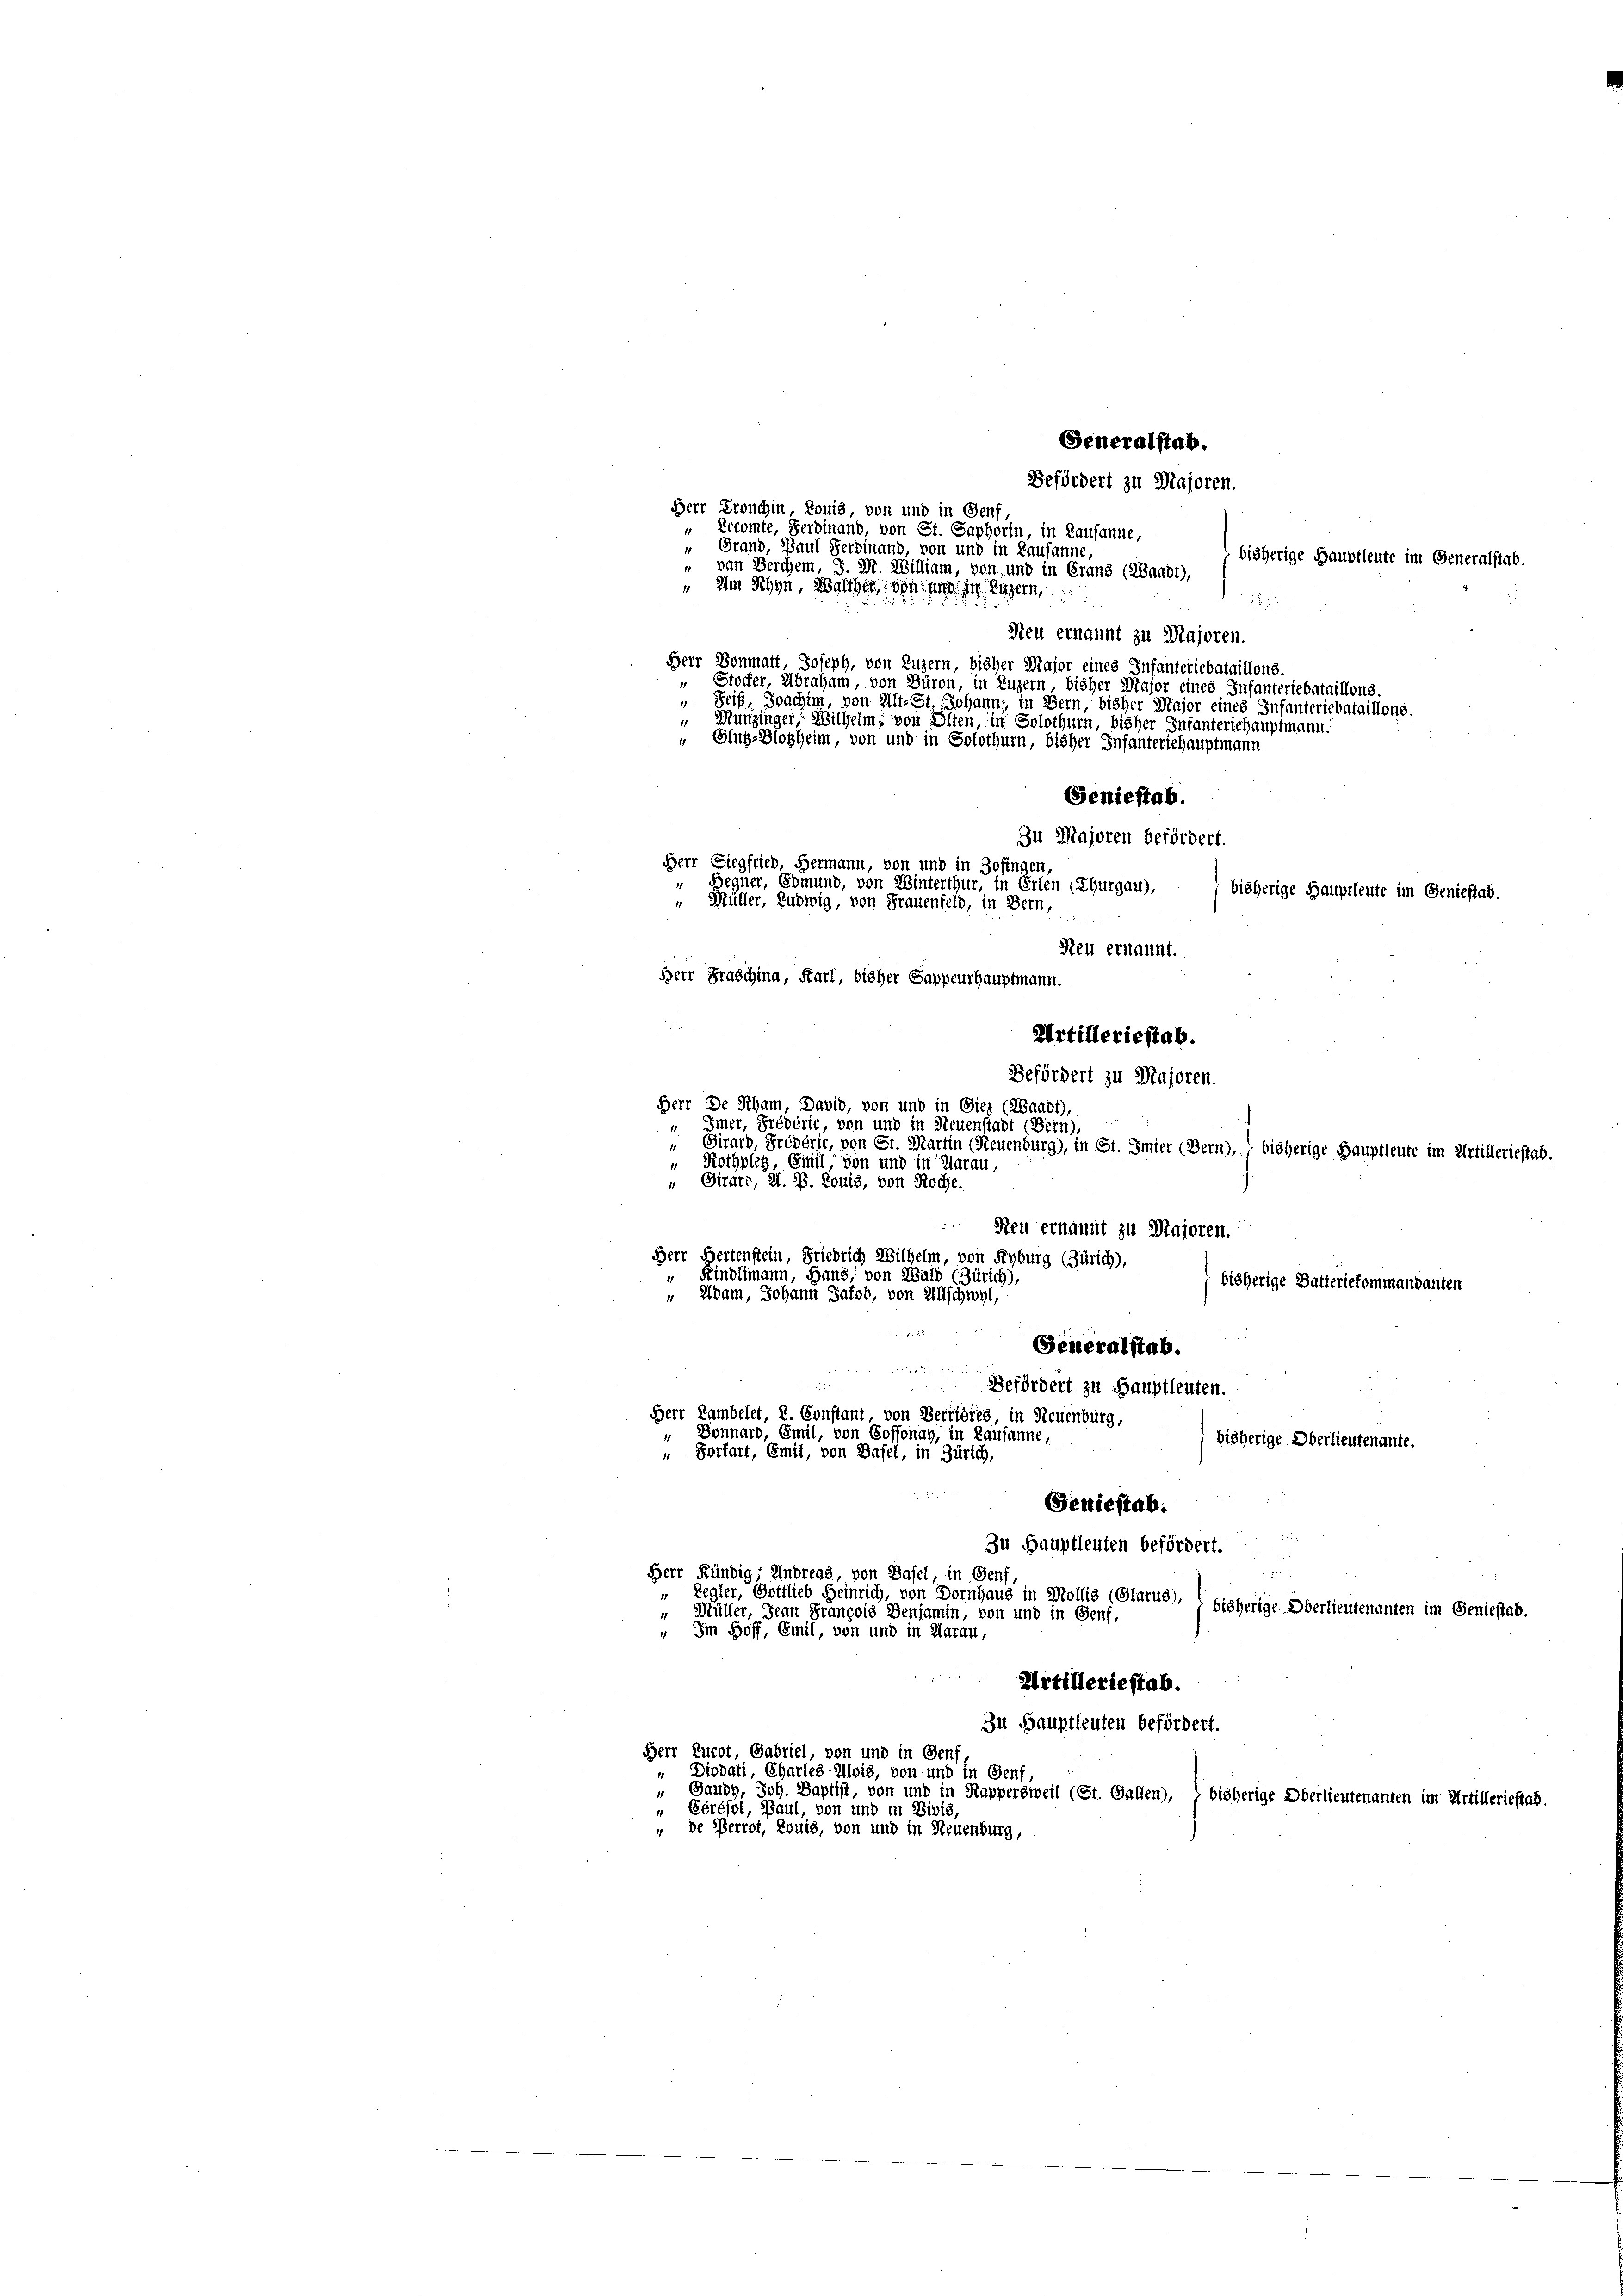
Generalstab.
Befördert zu Majoren.
Herr Kronchin, Louis, von und in Genf,

Geniestab.
Zu Majoren befördert.
Herr Siegfried, Hermann, von und in Zofingen,
Begner, Edmund, von Winterthur, in Erlen (Thurgau),
 Müller, Ludwig, von Frauenfeld, in Bern,
     2 x

" Recomte, Ferdinand, von St. Saphorin, in Lausanne,
 Grand, Baul Ferdinand, von und in Lausanne,
 van Berchem, J. M. William, von und in Grans (Waadt),
„ Im Schyn, welcher von an die Luzern,
Neu ernannt zu Majoren.
Herr Bonmatt, Joseph, von Luzern, bisher Major eines Infanteriebataillons.
" Stocker, Abraham, von Büron, in Luzern bisher Major eines Infanteriebataillons.
Seif, Joachim, von Alt-St. Johann, in Bern, bisher Major eines Infanteriebataillons.
Munzinger, Wilhelm, von Alten, in Solothurn, bisher Infanteriehauptmann.
 Glug-Blobheim, von und in Solothurn, bisher Infanteriehauptmann

Imer, Prédéric, von und in Neuenstadt (Bern),
" Rothpleg, Emil von und in darau,
„ Girard, z. B. Louis, von Roche.
Herr Hertenstein, Friedrich Wilhelm, von Kyburg (Zürich),
Kindlimann, Hand, von Wald (Zürich),
„ Adam, Johann Jakob, von Anschwyl,

(Generalstab.
Befördert zu Hauptleuten.

Herr Lambelet, 2. Constant, von Verrières, in Neuenburg,
Donnard, Emil, von Cossonay, in Lausanne,
bisherige Oberlieutenante.
“ Vorfart, Emil, von Basel, in Zürich,
Geniestab.
.
Zu Hauptleuten befördert.

Herr Kündig, Andreas, von Basel, in Genf
" Müller, Jean François Benjamin, von und in Genf,
 Im Hoff, Emil, von und in Aarau,

Birard, Prédéric, von St. Martin (Neuenburg), in St. Imier (Bern), 1 bisherige Hauptleute im Artilleriestal.
Steu ernannt zu Majoren.
bisherige Datteriefommandanten

Regler, Gottlieb Heinrich, von Dornhaus in Mollis (Glarus), bisherige Oberlieutenanten im Geniestab.

Artilleriestab.
Zu Hauptleuten befördert.
Herr Lucot, Gabriel, von und in Genf
Diodati, Charles Alois, von und in Genf
i
Baudy, Joh. Baptist, von und in Kappersweil (St. Gallen), , bisherige Oberlieutenanten
" Eérésol, Paul, von und in Divis,
" de Perrot, Louis, von und in Neuenburg,

bisherige Hauptleute im Generalstab.
55

Reu ernannt.
Herr Praschina, Karl, bisher Sappeurhauptmann.

Artilleriestab.
Befördert zu Majoren.
Herr De Rham, David, von und in Diez (ZBaadt),

bisherige Hauptleute im Geniestab.

im Artilleriestab.